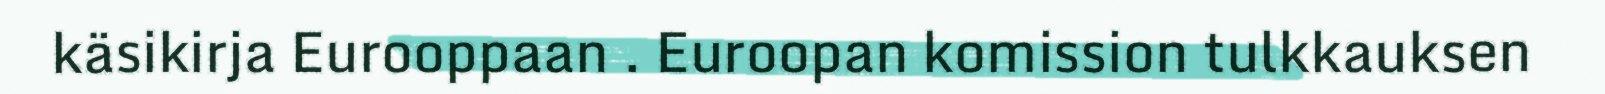
käsikirja Eurooppaan . Euroopan komission tulkkauksen